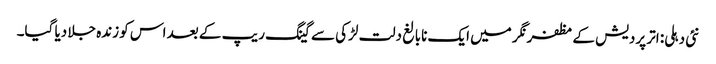
نئی دہلی: اتر پردیش کے مظفرنگر میں ایک نابالغ دلت لڑکی سے گینگ ریپ کے بعد اس کو زندہ جلا دیا گیا۔